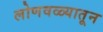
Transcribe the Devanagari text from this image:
लोणवळ्यातून